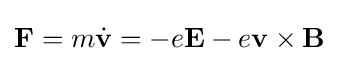
\mathbf {F} =m{\dot {\mathbf {v} }}=-e\mathbf {E} -e\mathbf {v} \times \mathbf {B}